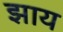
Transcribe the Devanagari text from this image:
झाय